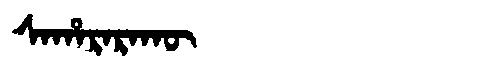
Manchu: ᠰᠠᡥᠠᡵᠠᡵᠠᡴᡡ
Romanization: SAHARARAKŪ